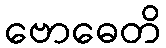
ဗောဓေတိ